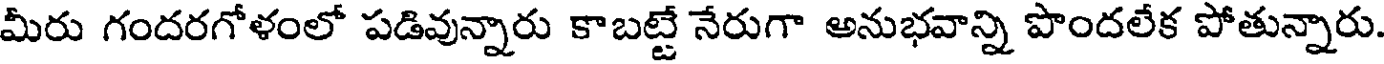
మీరు గందరగోళంలో పడివున్నారు కాబట్టే నేరుగా అనుభవాన్ని పొందలేక పోతున్నారు.